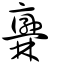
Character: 𣡥